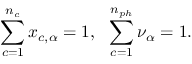
\sum _ { c = 1 } ^ { n _ { c } } x _ { c , \alpha } = 1 , \ \ \sum _ { c = 1 } ^ { n _ { p h } } \nu _ { \alpha } = 1 .